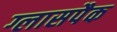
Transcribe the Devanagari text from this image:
ग्लासपैक